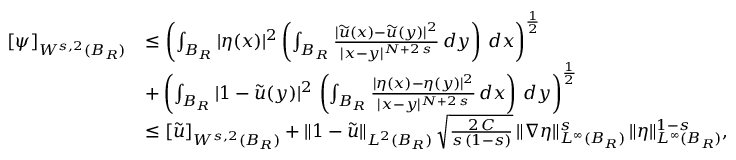
\begin{array} { r l } { [ \psi ] _ { W ^ { s , 2 } ( B _ { R } ) } } & { \le \left( \int _ { B _ { R } } | \eta ( x ) | ^ { 2 } \left( \int _ { B _ { R } } \frac { | \widetilde { u } ( x ) - \widetilde { u } ( y ) | ^ { 2 } } { | x - y | ^ { N + 2 \, s } } \, d y \right) \, d x \right) ^ { \frac { 1 } { 2 } } } \\ & { + \left( \int _ { B _ { R } } | 1 - \widetilde { u } ( y ) | ^ { 2 } \, \left( \int _ { B _ { R } } \frac { | \eta ( x ) - \eta ( y ) | ^ { 2 } } { | x - y | ^ { N + 2 \, s } } \, d x \right) \, d y \right) ^ { \frac { 1 } { 2 } } } \\ & { \le [ \widetilde { u } ] _ { W ^ { s , 2 } ( B _ { R } ) } + \| 1 - \widetilde { u } \| _ { L ^ { 2 } ( B _ { R } ) } \, \sqrt { \frac { 2 \, C } { s \, ( 1 - s ) } } \, \| \nabla \eta \| _ { L ^ { \infty } ( B _ { R } ) } ^ { s } \, \| \eta \| _ { L ^ { \infty } ( B _ { R } ) } ^ { 1 - s } , } \end{array}